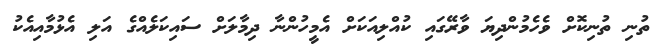
ތުނި ތުނިކޮށް ވެހެމުންދިޔަ ވާރޭގައި ކުއްލިއަކަށް އެމީހުންނާ ދިމާލަށް ސައިކަލެއްގެ އަލި އެޅުމާއިއެކު